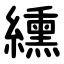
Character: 纁